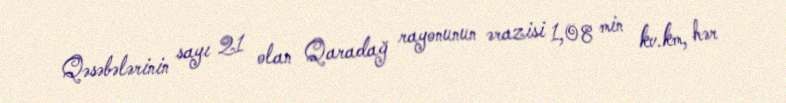
Qəsəbələrinin sayı 21 olan Qaradağ rayonunun ərazisi 1,08 min kv.km, hər